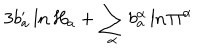
LaTeX: 3 b _ { a } ^ { \prime } \ln H _ { a } + \sum _ { \alpha } b _ { a } ^ { \alpha } \ln \Pi ^ { \alpha }